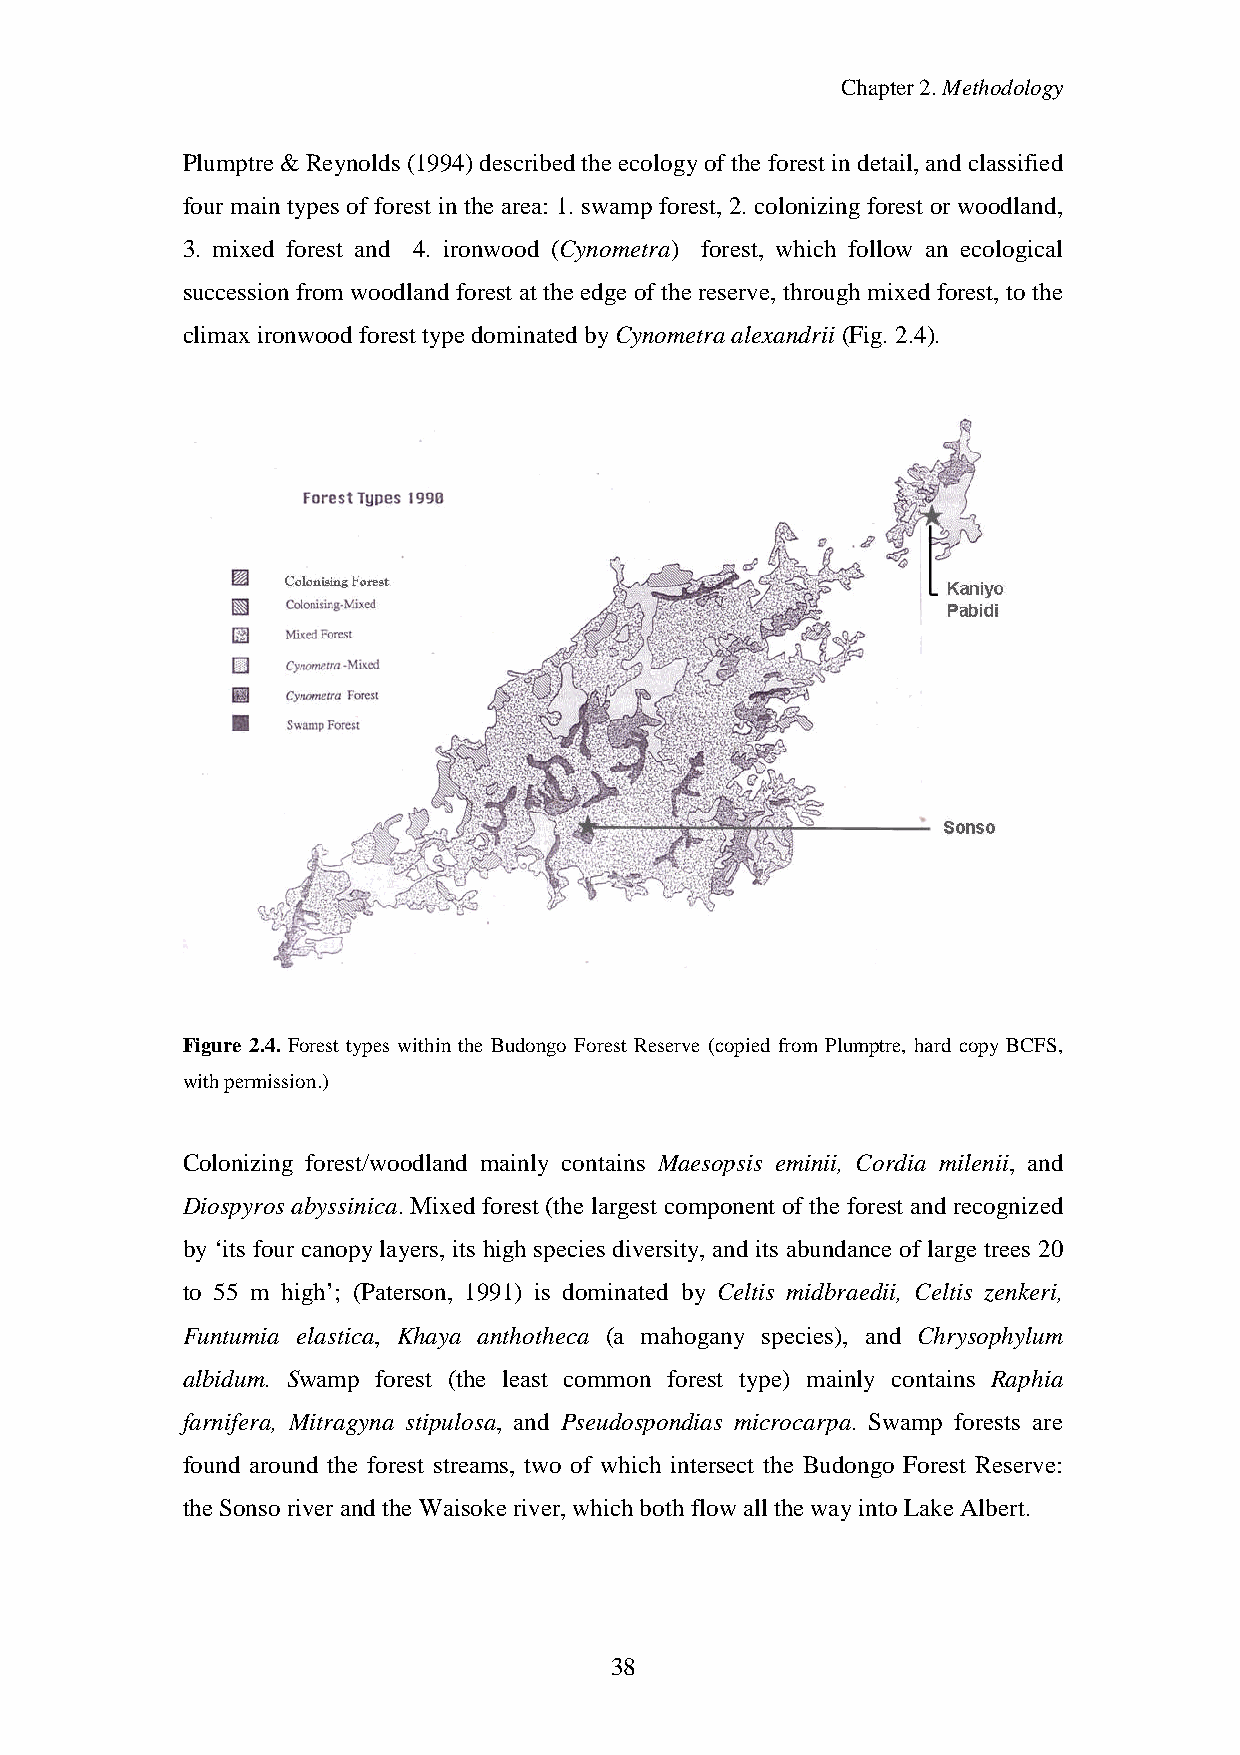
Chapter2.Methodology
 Plumptre&Reynolds (1994)describedthe ecologyofthe forest indetail, andclassified
 four main types of forest in the area: 1. swamp forest, 2. colonizing forest or woodland,
 3. mixed forest and 4. ironwood (Cynometra) forest, which follow an ecological
 succession from woodland forest at the edge of the reserve, through mixed forest, to the
 climax ironwoodforest typedominatedbyCynometra alexandrii (Fig.2.4).
 Figure 2.4. Forest types within the Budongo Forest Reserve (copied from Plumptre, hard copy BCFS,
 withpermission.)
 Colonizing forest/woodland mainly contains Maesopsis eminii, Cordia milenii, and
 Diospyros abyssinica. Mixed forest (the largest component of the forest and recognized
 by‘its four canopylayers, its high species diversity, and its abundance of large trees 20
 to 55 m high’; (Paterson, 1991) is dominated by Celtis midbraedii, Celtis zenkeri,
 Funtumia elastica, Khaya anthotheca (a mahogany species), and Chrysophylum
 albidum. Swamp forest (the least common forest type) mainly contains Raphia
 farnifera, Mitragyna stipulosa, and Pseudospondias microcarpa. Swamp forests are
 found around the forest streams, two of which intersect the Budongo Forest Reserve:
 theSonso riverandthe Waisokeriver,whichbothflowall thewayinto LakeAlbert.
 38